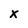
Character: x